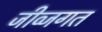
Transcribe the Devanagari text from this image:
जीव्जगत